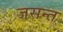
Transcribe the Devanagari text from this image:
जसन्त